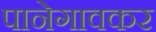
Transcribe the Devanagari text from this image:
पानेगावकर